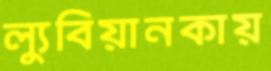
ল্যুবিয়ানকায়